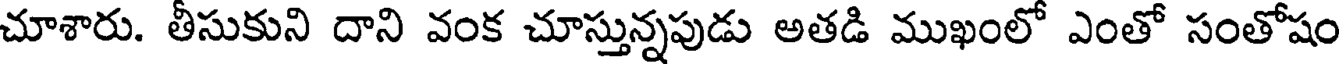
చూశారు. తీసుకుని దాని వంక చూస్తున్నపుడు అతడి ముఖంలో ఎంతో సంతోషం